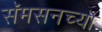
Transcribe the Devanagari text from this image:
सॅमसनच्या